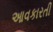
આવકારતી